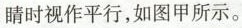
睛时视作平行，如图甲所示。